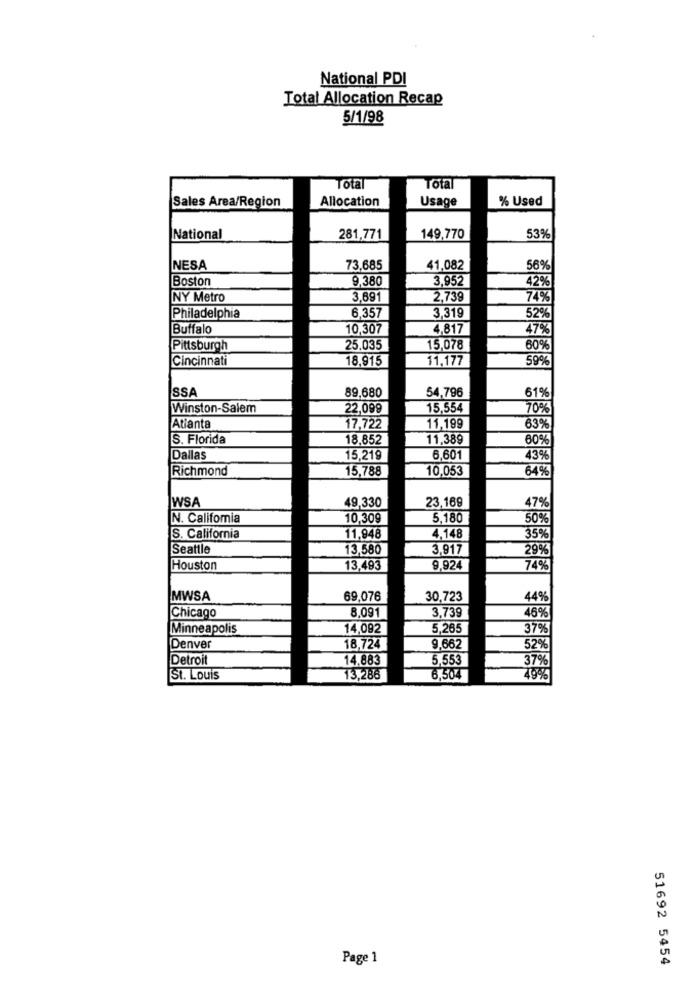
National PDI
Total Allocation Recap
5/1/98
Total
Total
Sales Area/Region
Allocation
Usage
% Used
National
281,771
149,770
53%
NESA
73.685
41,082
56%
Boston
9,380
3,952
42%
NY Metro
3.691
2,739
74%
6.357
Philadelphia
3,319
52%
Buffalo
10,307
4.817
47%
Pittsburgh
25,035
15,078
60%
Cincinnati
18,915
11,177
59%
SSA
89,680
54,796
61%
Winston-Salem
22,099
15,554
70%
Atlanta
17,722
11,199
63%
S. Florida
18,852
11,389
60%
Dallas
15,219
6,601
43%
Richmond
15,788
10.053
64%
WSA
23,169
49,330
47%
N. California
10,309
5,180
50%
S. California
11,948
4,148
35%
Seattle
13,580
3,917
29%
Houston
13,493
9,924
74%
MWSA
69,076
30,723
44%
3,739
46%
Chicago
8,091
Minneapolis
14,092
5.265
37%
Denver
18,724
9,662
52%
Detroit
14.883
5.553
37%
St. Louis
13,288
6,504
49%
Page 1
51692 5454